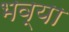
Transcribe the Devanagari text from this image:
भव्‍या